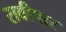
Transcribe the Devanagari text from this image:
रावीपार